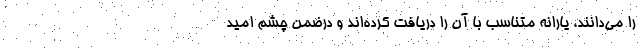
را می‌دانند، یارانه متناسب با آن را دریافت کرده‌اند و درضمن چشم امید